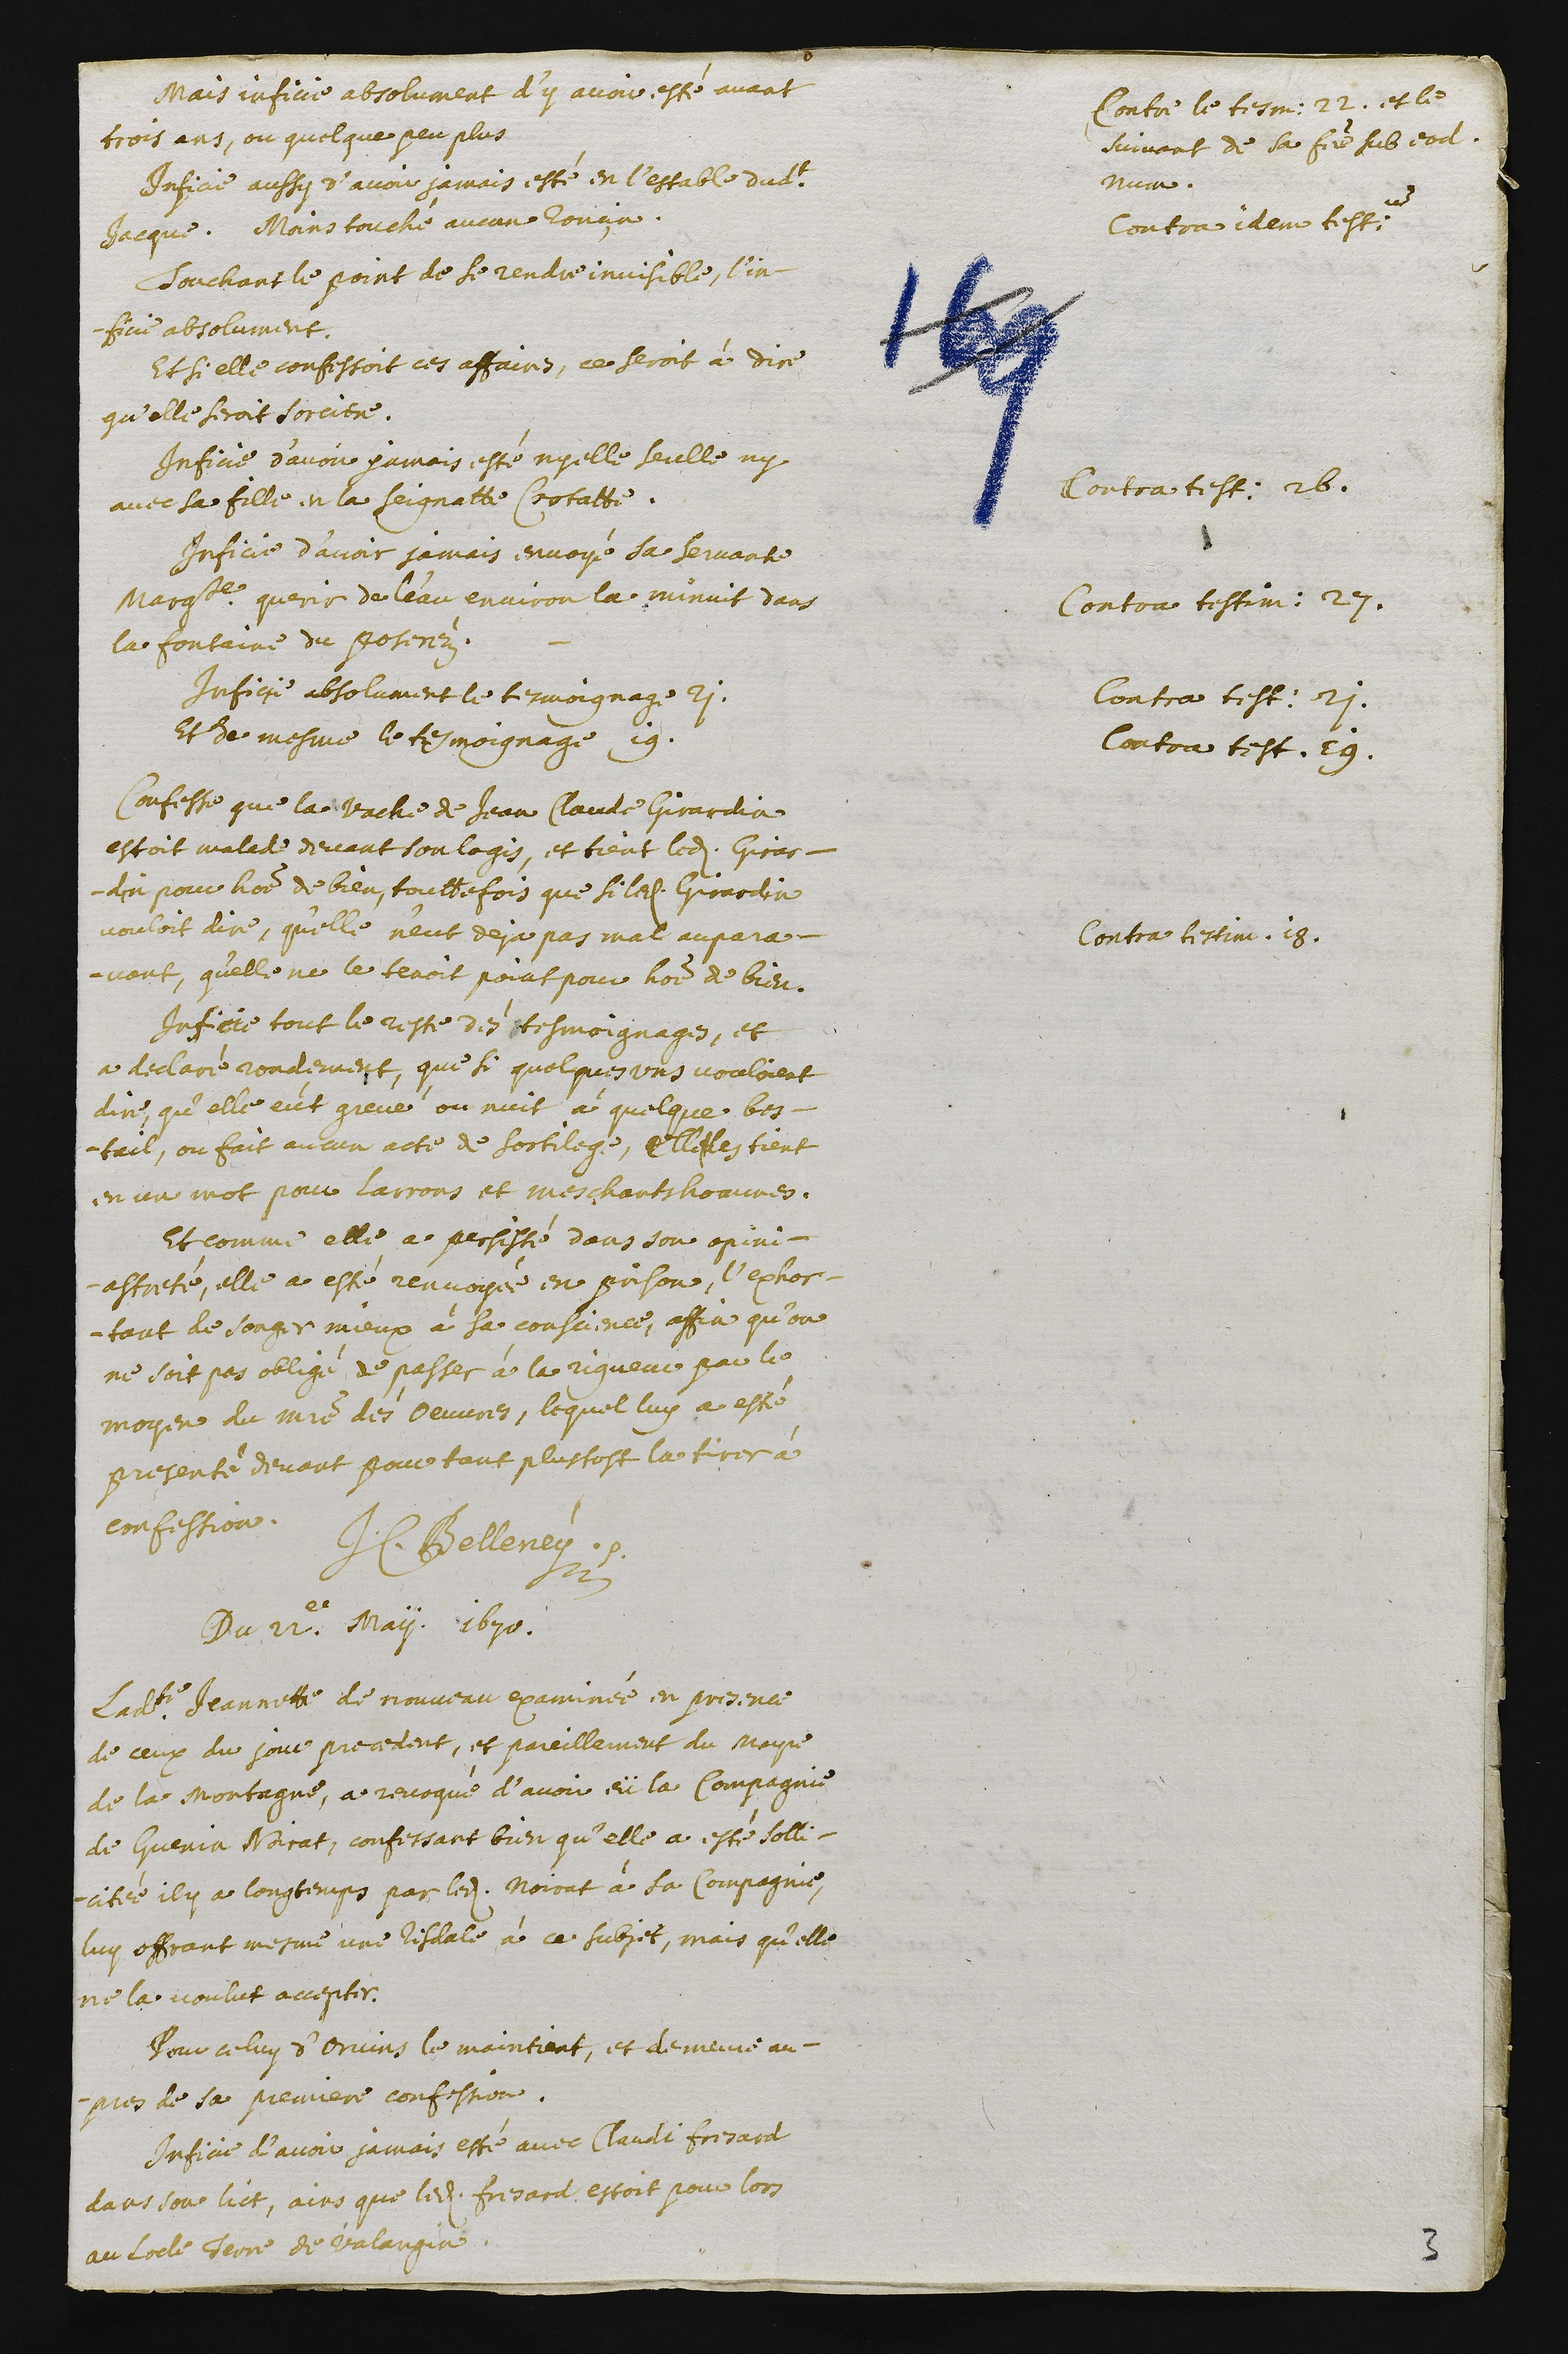
mais inficie absolument d’y avoir esté avant
trois ans, ou quelque peu plus.
Contre le tesmoignage 22. et le
suivant de sa femme sub eodem
numero
nficie aussy d’avoir jamais esté en l’estable dudit
Jacque. Mains touché aucun ronçin.
Contra idem testimonium
Touchant le point de se rendre invisible, l’in-
ficie absolument.
Et si elle confesse ces affaires, ce seroit à dire
qu’elle seroit sorciere.
Contra testimonium 26.
Inficie d’avoir jamais esté ny elle seulle ny
avec sa fille en la Seignatte Crotatte.
Contra testimonium 27.
Inficie d’avoir jamais envoyé sa servante
Marguerite querir de l’eau environ la minuit dans
la fontaine du Poseréz.
Contra testimonium 21.
Inficie absolument le tesmoignage 21.
Contra testimonium 19.
Et de mesme le tesmoignage 19.
Confesse que la vache de Jean Claude Girardin
estoit malade devant son logis, et tient ledit Girar-
din pour homme de bien. Touttefois que si ledit Girardin
vouloit dire, qu’elle n’eut deja pas mal aupara-
vant, qu’elle ne le tenoit point pour homme de bien.
Contra testimonium 18.
Inficie tout le reste dés tesmoignages, et
a declaré rondement, que si quelques uns vouloient
dire qu’elle eút grevé ou nuit à quelque bes-
tail, ou fait aucun acte de sortilege, elle les tient
en un mort pour larrons et meschants hommes.
Et comme elle a persisté dans son opini-
astreté, elle a esté renvoyée en prison, l’exhor-
tant de songer mieux à sa conscience, affin qu’on
ne soit pas obligé de passer à la rigueur par le
moyen du maistre des oeuvres, lequel luy a esté
presenté devant pour tout plustost la tirer à
confession.
J.C. Belleney
Du 22.e May. 1670.
Ladite Jeannette de nouveau examinée en presence
de ceux du jour precedent, et pareillement du mayre
de la montagne, a revoqué d’avoir eü la compagnie
de Guenin Noirat, confessant bien qu’elle a esté solli-
cité il y a longtemps par ledit Noirat à sa compagnie,
luy offrant mesme une risdale à ce subjet, mais qu’elle
ne la voulut accepter.
Pour celuy d’Orvins le maintient, et demeure au-
pres de sa premiere confession.
Inficie d’avoir jamais esté avec Claude Fresard
dans son lict, ains que ledit Fresard estoit pour lors
au Locle, Terre de Valangin.